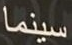
سينما